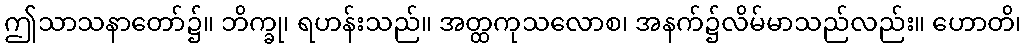
ဤသာသနာတော်၌။ ဘိက္ခု၊ ရဟန်းသည်။ အတ္ထကုသလောစ၊ အနက်၌လိမ်မာသည်လည်း။ ဟောတိ၊